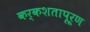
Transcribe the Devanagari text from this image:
कर्कशतापूर्ण